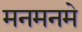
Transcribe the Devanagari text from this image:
मनमनमे